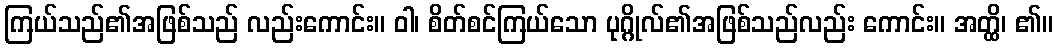
ကြယ်သည်၏အဖြစ်သည် လည်းကောင်း။ ဝါ၊ စိတ်စင်ကြယ်သော ပုဂ္ဂိုလ်၏အဖြစ်သည်လည်း ကောင်း။ အတ္ထိ၊ ၏။